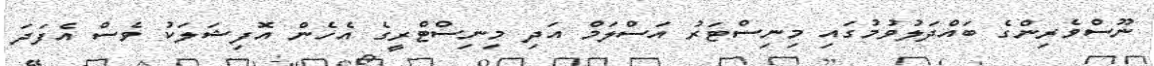
ނޫސްވެރިންގެ ބައްދަލުވުމުގައި މިނިސްޓަރު އަސްލަމް އަދި މިނިސްޓްރީގެ އެހެން އޮފިޝަލަކު ވެސް އެފަދަ